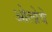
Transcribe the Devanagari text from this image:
ओलोये